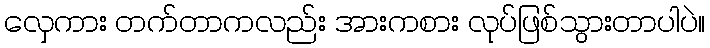
လှေကား တက်တာကလည်း အားကစား လုပ်ဖြစ်သွားတာပါပဲ။